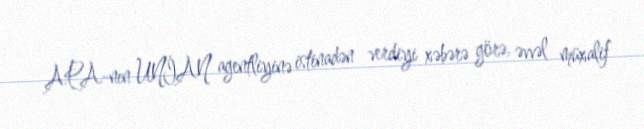
APA-nın UNİAN agentliyinə istinadən verdiyi xəbərə görə, əvvəl müxalif